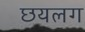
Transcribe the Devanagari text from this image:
छयलग